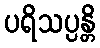
ပရိသပ္ပန္တိ